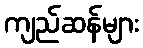
ကျည်ဆန်များ